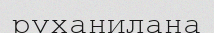
руханилана